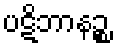
ပဋိဘာနဉ္စ